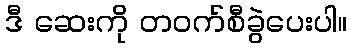
ဒီ ဆေးကို တဝက်စီခွဲပေးပါ။